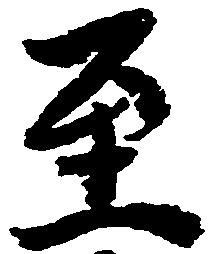
至